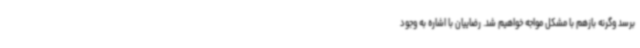
برسد وگرنه بازهم با مشکل مواجه خواهیم شد. رضاییان با اشاره به وجود